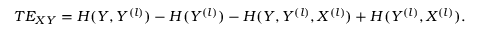
T E _ { X Y } = H ( Y , Y ^ { ( l ) } ) - H ( Y ^ { ( l ) } ) - H ( Y , Y ^ { ( l ) } , X ^ { ( l ) } ) + H ( Y ^ { ( l ) } , X ^ { ( l ) } ) .